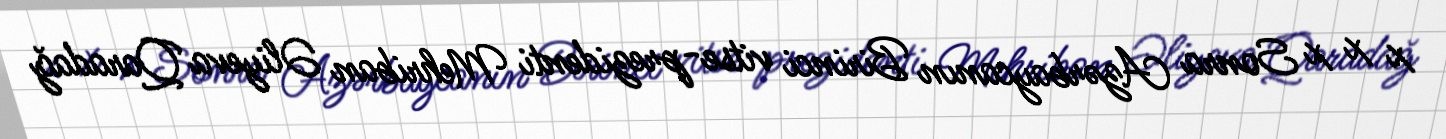
x x x Sonra Azərbaycanın Birinci vitse-prezidenti Mehriban Əliyeva Qaradağ